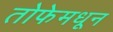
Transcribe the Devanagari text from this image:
तोफेमधून